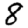
Digit: 8